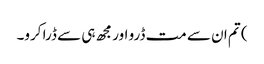
) تم ان سے مت ڈرو اور مجھ ہی سے ڈرا کرو۔